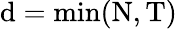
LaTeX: \mathrm{d}=\mathrm{{min}}(\mathrm{{N}},\mathrm{{T}})